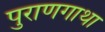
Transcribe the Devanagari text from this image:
पुराणगाथा